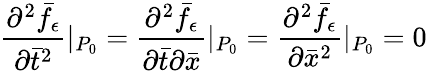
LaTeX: \frac{\partial^{2}\bar{f}_{\epsilon}}{\partial\bar{t}^{2}}|_{P_{0}}=\frac{\partial^{2}\bar{f}_{\epsilon}}{\partial\bar{t}\partial\bar{x}}|_{P_{0}}=\frac{\partial^{2}\bar{f}_{\epsilon}}{\partial\bar{x}^{2}}|_{P_{0}}=0